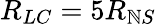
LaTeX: R_{LC}=5R_{\mathbb{N}S}